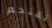
تقتحم